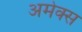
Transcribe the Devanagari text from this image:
अमेक्स